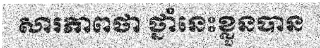
សារភាពថា ថ្នាំនេះខ្លួនបាន